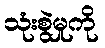
သုံးစွဲမှုကို